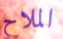
الملاح